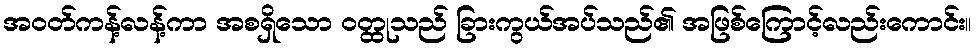
အဝတ်ကန့်လန့်ကာ အစရှိသော ဝတ္ထုသည် ခြားကွယ်အပ်သည်၏ အဖြစ်ကြောင့်လည်းကောင်း။